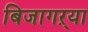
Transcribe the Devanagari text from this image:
बिजागऱ्या